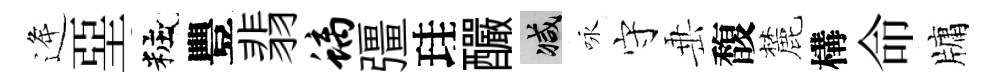
逄堊粧豐翡螭彊珪釅减咏守𡸁馥麓構命牗